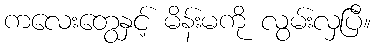
ကလေးတွေနှင့် မိန်းမကို လွမ်းလှပြီ။